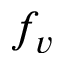
f _ { v }